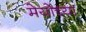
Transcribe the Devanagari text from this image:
मेयोंच्या